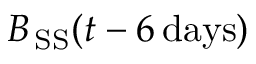
B _ { \mathrm { \, S S } } ( t - 6 \mathrm { \, d a y s } )